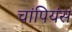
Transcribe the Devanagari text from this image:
चांपियंस